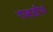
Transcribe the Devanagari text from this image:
गाबडीचं